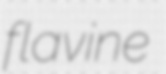
flavine